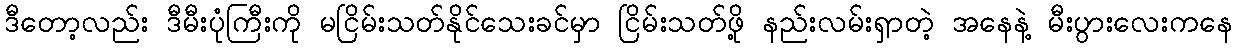
ဒီတော့လည်း ဒီမီးပုံကြီးကို မငြိမ်းသတ်နိုင်သေးခင်မှာ ငြိမ်းသတ်ဖို့ နည်းလမ်းရှာတဲ့ အနေနဲ့ မီးပွားလေးကနေ